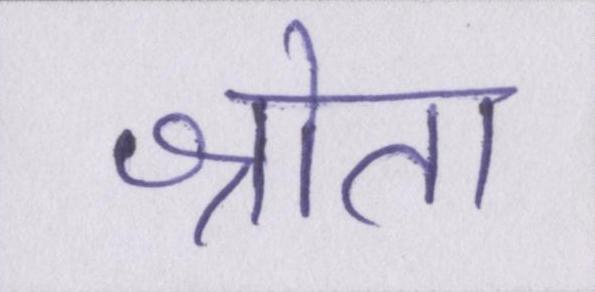
श्रोता